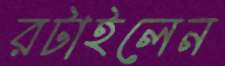
রটাইলেন